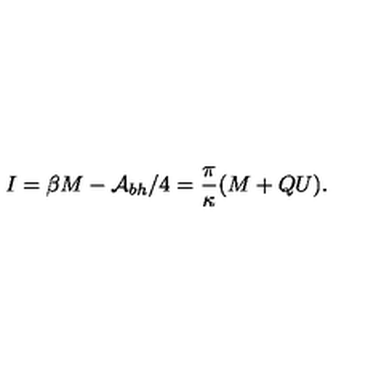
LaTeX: I = \beta M - { \cal A } _ { b h } / 4 = \frac { \pi } { \kappa } ( M + Q U ) .